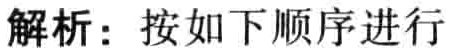
解析：按如下顺序进行